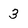
Character: 3